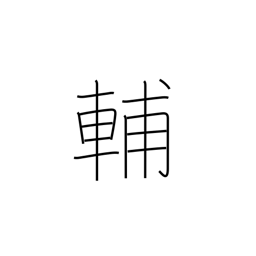
Meaning: help